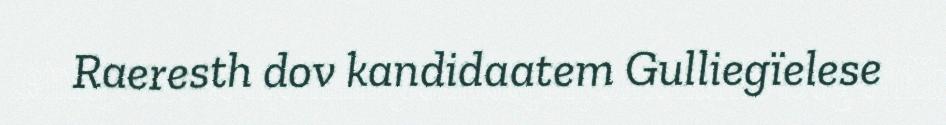
Raeresth dov kandidaatem Gulliegïelese